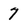
Character: 7